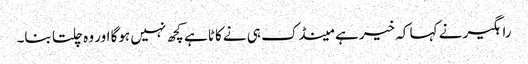
راہگیر نے کہا کہ خیر ہے مینڈک ہی نے کاٹا ہے کچھ نہیں ہوگا اور وہ چلتا بنا۔